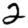
Digit: 2